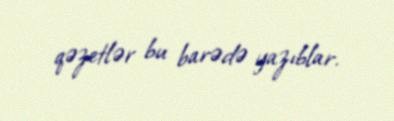
qəzetlər bu barədə yazıblar.